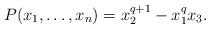
LaTeX: \begin{align*}P(x_1, \ldots, x_n)=x_2^{q+1}-x_1^qx_3.\end{align*}